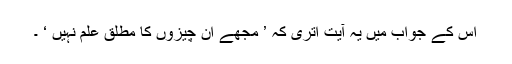
اس کے جواب میں یہ آیت اتری کہ ’ مجھے ان چیزوں کا مطلق علم نہیں ‘ ۔